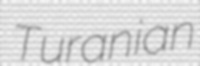
Turanian